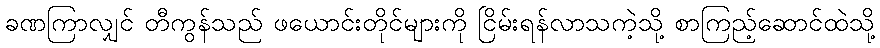
ခဏကြာလျှင် တီကွန်သည် ဖယောင်းတိုင်များကို ငြိမ်းရန်လာသကဲ့သို့ စာကြည့်ဆောင်ထဲသို့